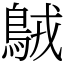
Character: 𪀚